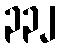
၃၃၂